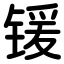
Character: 锾